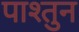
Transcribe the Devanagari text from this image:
पाश्तुन